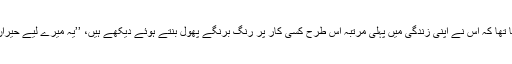
اس کار کو دیکھتے ہوئے ایک جرمن لڑکے کا خوشی سے کہنا تھا کہ اس نے اپنی زندگی میں پہلی مرتبہ اس طرح کسی کار پر رنگ برنگے پھول بنتے ہوئے دیکھے ہیں، ’’یہ میرے لیے حیران کن ہے کہ کیسے مہارت سے نقش ونگار بنائے جا رہے ہیں۔